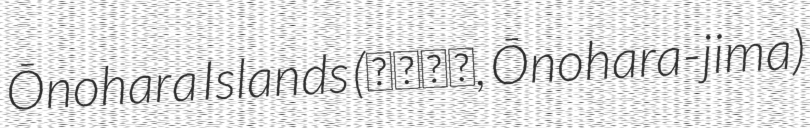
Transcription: Ōnohara Islands (大野原島, Ōnohara-jima)